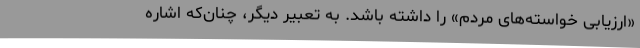
«ارزیابی خواسته‌های مردم» را داشته باشد. به تعبیر دیگر، چنان‌که اشاره